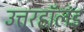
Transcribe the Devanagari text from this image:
उत्तरहॉलंड